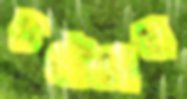
চটেছেন